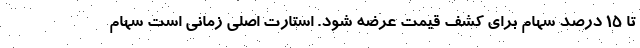
تا ۱۵ درصد سهام برای کشف قیمت عرضه شود. استارت اصلی زمانی است سهام